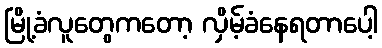
မြို့ခံလူတွေကတော့ လှိမ့်ခံနေရတာပေါ့